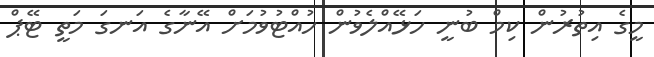
މީގެ އިތުރުން ކިމް ބުނީ ހަޅޭއްލެވުން ހުއްޓުވުމަށް އޭނާގެ އަނގަ މަތީ ޓޭޕް